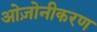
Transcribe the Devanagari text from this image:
ओज़ोनीकरण